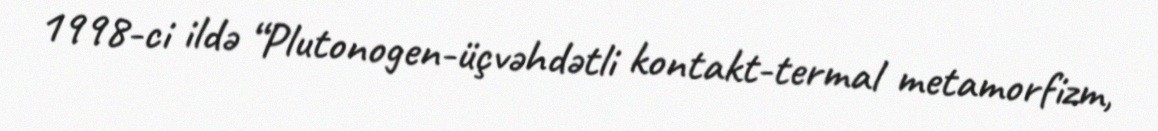
1998-ci ildə “Plutonogen-üçvəhdətli kontakt-termal metamorfizm,